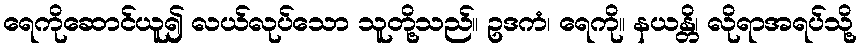
ရေကိုဆောင်ယူ၍ လယ်လုပ်သော သူတို့သည်။ ဥဒကံ၊ ရေကို။ နယန္တိ၊ လိုရာအရပ်သို့